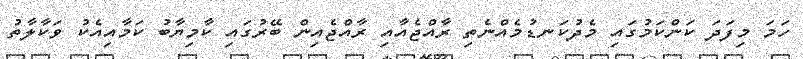
ހަމަ މިފަދަ ކަންކަމުގައި މެދުކަނޑުމެއްނެތި ރާއްޖެއާއި ރާއްޖެއިން ބޭރުގައި ކާމިޔާބު ކަމާއިއެކު ވަކާލާތު